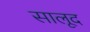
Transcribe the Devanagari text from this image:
सालूद